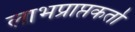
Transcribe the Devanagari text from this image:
लाभप्राप्तकर्ता